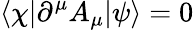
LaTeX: \langle\chi|\partial^{\mu}A_{\mu}|\psi\rangle=0